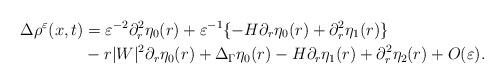
LaTeX: \begin{align*} \Delta\rho^\varepsilon(x,t) &= \varepsilon^{-2}\partial_r^2\eta_0(r)+\varepsilon^{-1}\{-H\partial_r\eta_0(r)+\partial_r^2\eta_1(r)\} \\ &-r|W|^2\partial_r\eta_0(r)+\Delta_\Gamma\eta_0(r)-H\partial_r\eta_1(r)+\partial_r^2\eta_2(r)+O(\varepsilon).\end{align*}